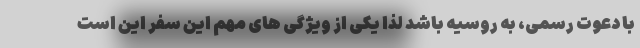
با دعوت رسمی، به روسیه باشد لذا یکی از ویژگی های مهم این سفر این است